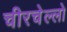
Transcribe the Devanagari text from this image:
चीरचेल्लो